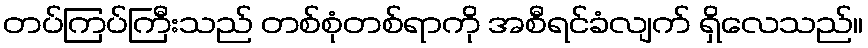
တပ်ကြပ်ကြီးသည် တစ်စုံတစ်ရာကို အစီရင်ခံလျက် ရှိလေသည်။